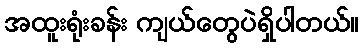
အထူးရုံးခန်း ကျယ်တွေပဲရှိပါတယ်။